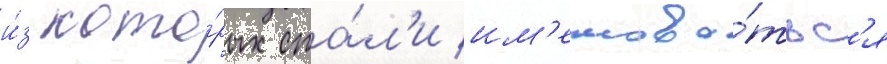
и́з кото́рых ста́л'и им'енова́тьс'я